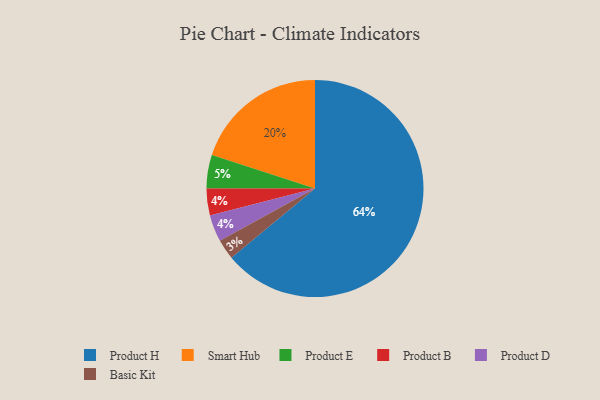
{"axis": {"x": "Category", "y": "Percentage"}, "legend": ["Basic Kit", "Product B", "Product D", "Product E", "Product H", "Smart Hub"], "data": [{"x": "Product H", "y": 64, "type": "Product H"}, {"x": "Product B", "y": 4, "type": "Product B"}, {"x": "Product E", "y": 5, "type": "Product E"}, {"x": "Product D", "y": 4, "type": "Product D"}, {"x": "Smart Hub", "y": 20, "type": "Smart Hub"}, {"x": "Basic Kit", "y": 3, "type": "Basic Kit"}]}